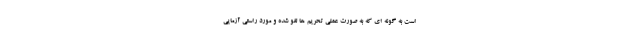
است به گونه ای که به صورت عملی تحریم ها لغو شده و مورد راستی آزمایی